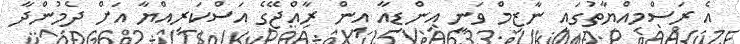
އެ ރަސްމިއްޔާތުގައި ނާޒިމް ވަނީ އިންޑިއާ އިން ރާއްޖޭގެ އަސްކަރިއްޔާ އަށް ދެމުންދާ